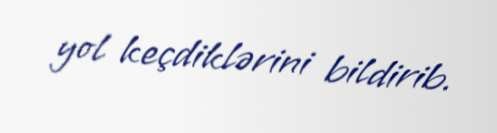
yol keçdiklərini bildirib.